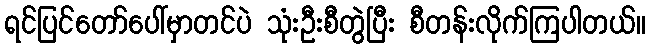
ရင်ပြင်တော်ပေါ်မှာတင်ပဲ သုံးဦးစီတွဲပြီး စီတန်းလိုက်ကြပါတယ်။